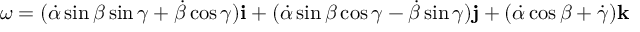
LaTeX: { \boldsymbol { \omega } } = ( { \dot { \alpha } } \sin \beta \sin \gamma + { \dot { \beta } } \cos \gamma ) \mathbf { i } + ( { \dot { \alpha } } \sin \beta \cos \gamma - { \dot { \beta } } \sin \gamma ) \mathbf { j } + ( { \dot { \alpha } } \cos \beta + { \dot { \gamma } } ) \mathbf { k }